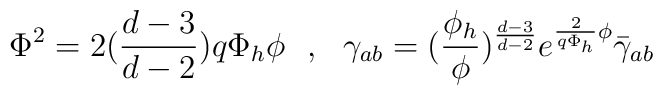
\Phi^2=2({d-3\over d-2})q\Phi_h \phi~~,~~\gamma_{ab}=({\phi_h\over \phi })^{d-3\over d-2}e^{{2\over q\Phi_h}\phi}\bar{\gamma}_{ab}~~